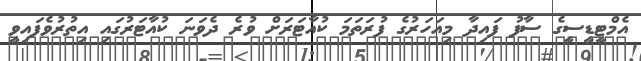
އެމްޓީޑީސީގެ ސާފު ފައިދާ މިއަހަރުގެ ފުރަތަަމަ ކުއާޓަރަށް ވުރެ ދެވަަނަ ކުއާޓަރުގައި އިތުރުވެފައިވީ